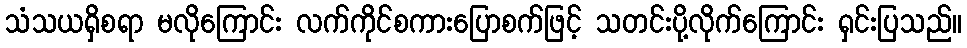
သံသယရှိစရာ မလိုကြောင်း လက်ကိုင်စကားပြောစက်ဖြင့် သတင်းပို့လိုက်ကြောင်း ရှင်းပြသည်။